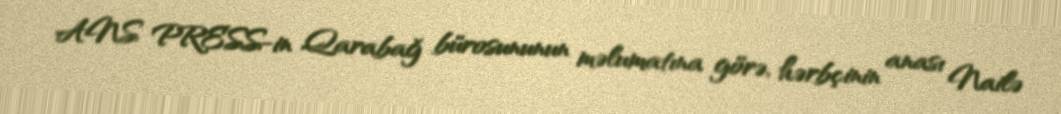
ANS PRESS-in Qarabağ bürosununun məlumatına görə, hərbçinin anası Nailə